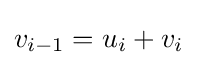
v_{i-1}=u_{i}+v_{i}